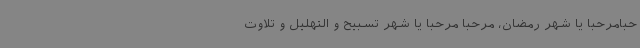
حبامرحبا یا شهر رمضان، مرحبا مرحبا یا شهر تسبیح و التهلیل و تلاوت